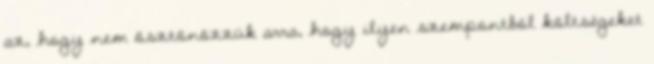
az, hogy nem ösztönözzük arra, hogy ilyen szempontból költségeket